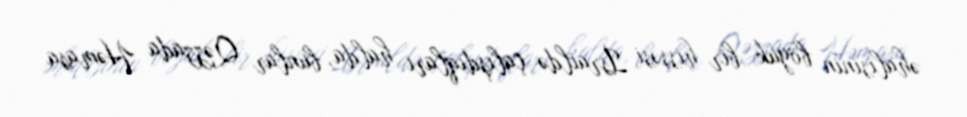
əhalisinin böyük bir hissəsi İsraildə çalışdıqları halda, bunlar Qəzzada Həmasa